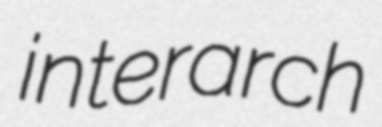
interarch